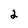
Character: 2